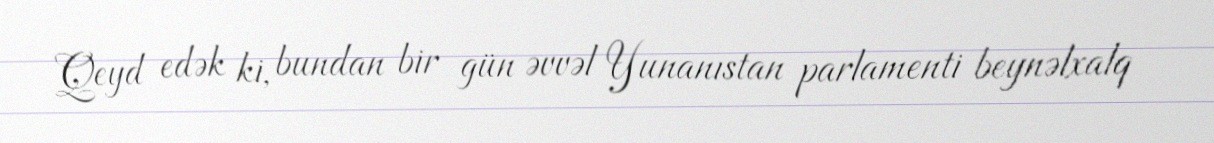
Qeyd edək ki, bundan bir gün əvvəl Yunanıstan parlamenti beynəlxalq